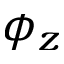
\phi _ { z }